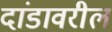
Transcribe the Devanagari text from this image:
दांडावरील